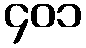
၄၀၁